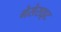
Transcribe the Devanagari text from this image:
गेसेराइट